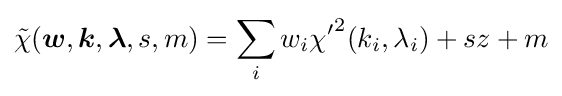
{\tilde {\chi }}({\boldsymbol {w}},{\boldsymbol {k}},{\boldsymbol {\lambda }},s,m)=\sum _{i}w_{i}{{\chi }'}^{2}(k_{i},\lambda _{i})+sz+m